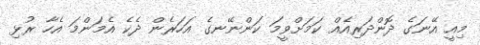
މިއީ އޭނަގެ ދޮންދަރިއެއް ކަމަށްވީމަ ކަންނޭނގެ އަހަރެން ދެކެ އެމަންމަ އެހާ ރުޅި